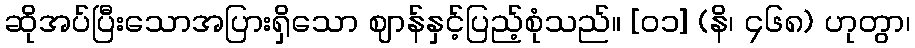
ဆိုအပ်ပြီးသောအပြားရှိသော ဈာန်နှင့်ပြည့်စုံသည်။ [၀၁] (နိ၊ ၄၆၈) ဟုတွာ၊